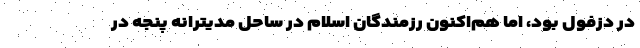
در دزفول بود، اما هم‌اکنون رزمندگان اسلام در ساحل مدیترانه پنجه در